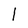
Character: l